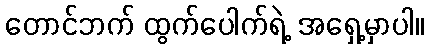
တောင်ဘက် ထွက်ပေါက်ရဲ့ အရှေ့မှာပါ။